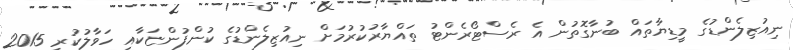
ނިއުޒިލެންޑުގެ މީޑިޔާތައް ބުނާގޮތުން އެ ރެސްޓޯރެންޓު ތައްޔާރުކުރުމަށް ނިއުޒިލެންޑުގެ ކުންފުންޏަކާއި ހަވާލުކުރީ 2015